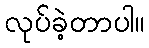
လုပ်ခဲ့တာပါ။